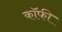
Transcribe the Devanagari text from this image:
कॉॅफी